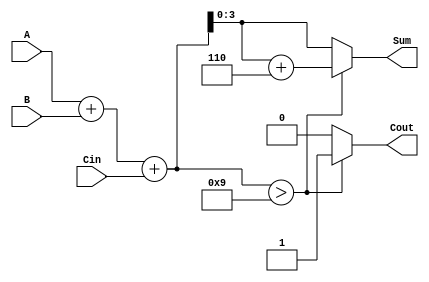
module BCD_Asynchronous_Adder(
    input [3:0] A,      // First BCD digit
    input [3:0] B,      // Second BCD digit
    input Cin,          // Carry-in
    output reg [3:0] Sum, // BCD result
    output reg Cout       // Carry-out
);

    // Internal wire to hold the binary sum
    wire [4:0] binary_sum;

    // Compute the binary sum of A, B, and Cin
    assign binary_sum = A + B + Cin;

    always @(*) begin
        // Default values
        Sum = 4'b0000;
        Cout = 1'b0;

        // Check if the binary sum exceeds 9
        if (binary_sum > 9) begin
            // If it exceeds, correct the sum by adding 6
            Sum = binary_sum + 5'd6; // Adding 6 in BCD correction
            Cout = 1'b1;              // Set carry-out
        end else begin
            // If it does not exceed, just assign the binary sum to Sum
            Sum = binary_sum[3:0];    // Only take the lower 4 bits
            Cout = 1'b0;               // No carry-out
        end
    end

endmodule